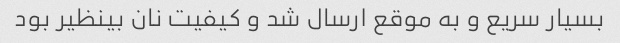
بسیار سریع و به موقع ارسال شد و کیفیت نان بینظیر بود